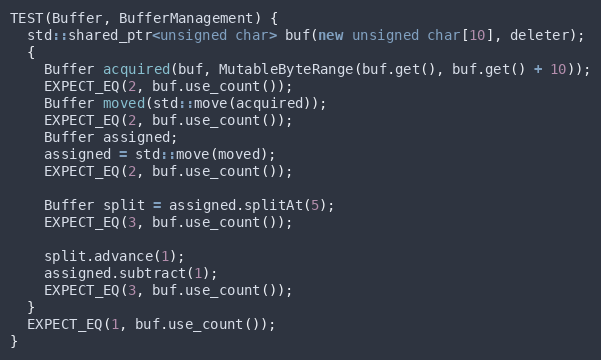
Language: C++
TEST(Buffer, BufferManagement) {
  std::shared_ptr<unsigned char> buf(new unsigned char[10], deleter);
  {
    Buffer acquired(buf, MutableByteRange(buf.get(), buf.get() + 10));
    EXPECT_EQ(2, buf.use_count());
    Buffer moved(std::move(acquired));
    EXPECT_EQ(2, buf.use_count());
    Buffer assigned;
    assigned = std::move(moved);
    EXPECT_EQ(2, buf.use_count());

    Buffer split = assigned.splitAt(5);
    EXPECT_EQ(3, buf.use_count());

    split.advance(1);
    assigned.subtract(1);
    EXPECT_EQ(3, buf.use_count());
  }
  EXPECT_EQ(1, buf.use_count());
}